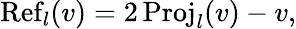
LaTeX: \operatorname{Ref}_{l}(v)=2\operatorname{Proj}_{l}(v)-v,